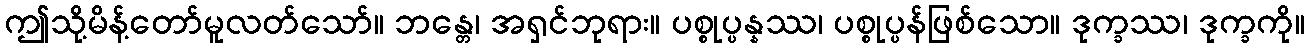
ဤသို့မိန့်တော်မူလတ်သော်။ ဘန္တေ၊ အရှင်ဘုရား။ ပစ္စုပ္ပန္နဿ၊ ပစ္စုပ္ပန်ဖြစ်သော။ ဒုက္ခဿ၊ ဒုက္ခကို။